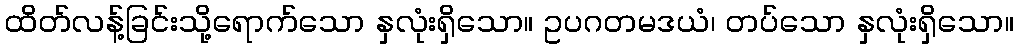
ထိတ်လန့်ခြင်းသို့ရောက်သော နှလုံးရှိသော။ ဥပဂတမဒယံ၊ တပ်သော နှလုံးရှိသော။